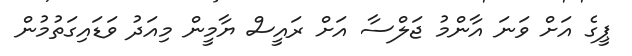
ޕީގެ އަށް ވަނަ އާންމު ޖަލްސާ އަށް ރައީސް ޔާމީން މިއަދު ވަޑައިގަތުމުން